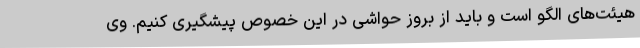
هیئت‌های الگو است و باید از بروز حواشی در این خصوص پیشگیری کنیم. وی